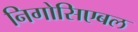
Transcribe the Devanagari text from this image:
निगोसिएबल